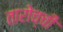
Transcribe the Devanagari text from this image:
तारोच्ची